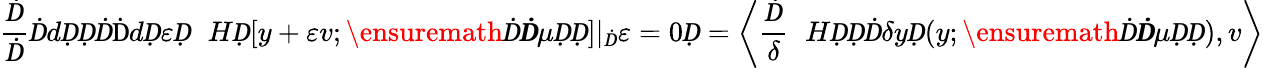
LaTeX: \frac ḊḊḊdḌḌḊ\mathrm{Ḋ}dḌ\varepsilon Ḍ\mathcal ḊHḌ[y+\varepsilon v;\ensuremath Ḋ\boldsymbol Ḋ\mu ḌḌ]|_{Ḋ}\varepsilon=0Ḍ=\left\langle\frac Ḋ\delta\mathcal ḊHḌḌḊ\delta yḌ(y;\ensuremath Ḋ\boldsymbol Ḋ\mu ḌḌ),v\right\rangle